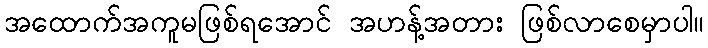
အထောက်အကူမဖြစ်ရအောင် အဟန့်အတား ဖြစ်လာစေမှာပါ။